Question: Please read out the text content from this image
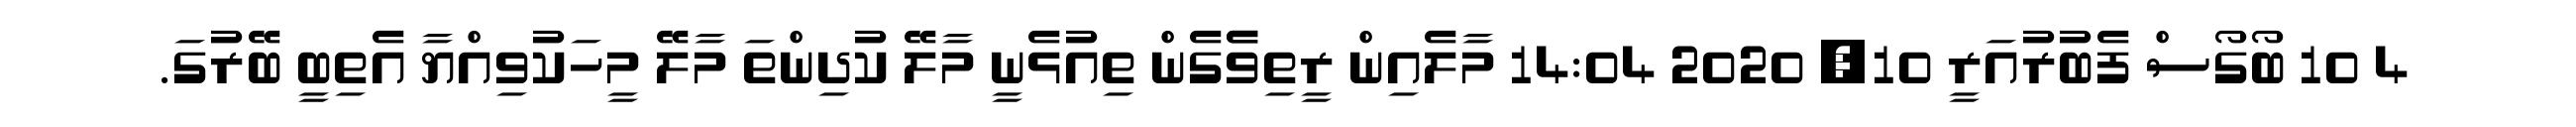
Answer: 4 10 ބޯގޯސް ފެބުރުއަރީ 10, 2020 14:04 މާލެއިން ރީތިވެެގެން ތިއުޅެނީ މާލޭ ކުދިންތަ މާލޭ މީހަކުވިއްޔާ އެތިބީ ބޭރުގަ.